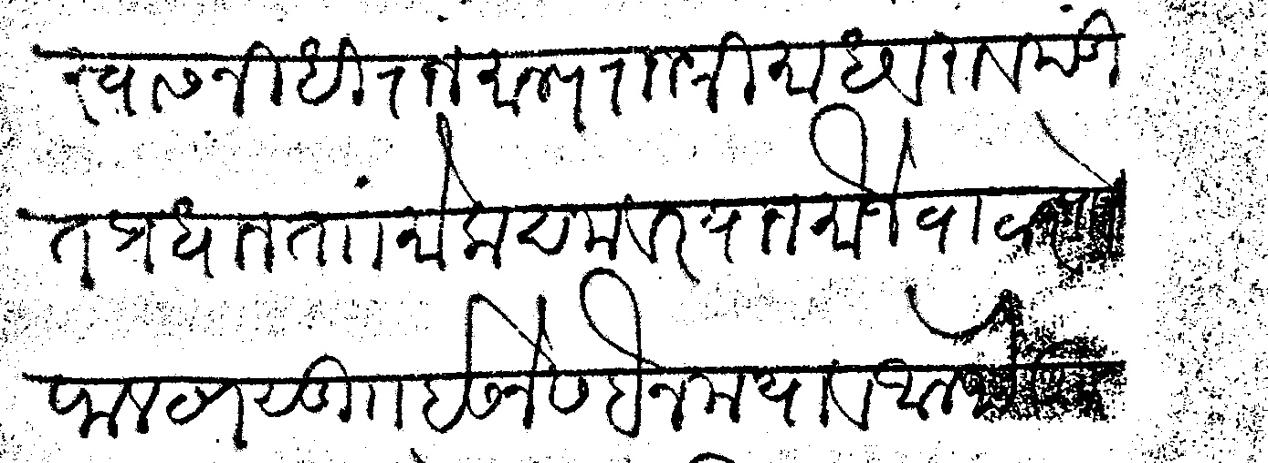
Transliteration (Devanagari): स्वासनिधी राजमान्य राजश्री माधवराव पंडित प्रधान तां मोकदम व रयान मौजे वाठार पाा फलटण सुा इसने सबैन मया व अलफ तु